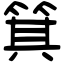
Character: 箕